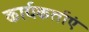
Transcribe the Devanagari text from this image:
कार्यकर्ताएं